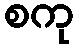
စကု